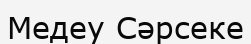
Медеу Сәрсеке